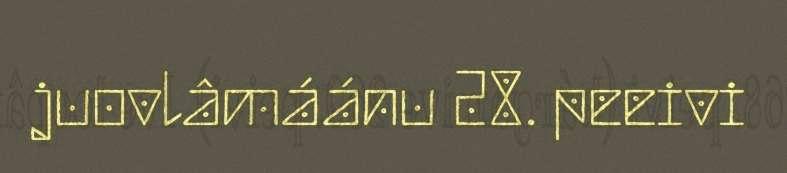
juovlâmáánu 28. peeivi